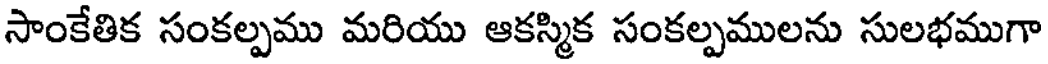
సాంకేతిక సంకల్పము మరియు ఆకస్మిక సంకల్పములను సులభముగా